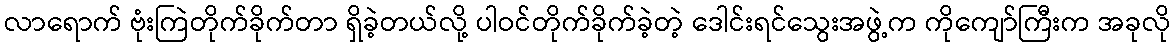
လာရောက် ဗုံးကြဲတိုက်ခိုက်တာ ရှိခဲ့တယ်လို့ ပါဝင်တိုက်ခိုက်ခဲ့တဲ့ ဒေါင်းရင်သွေးအဖွဲ့က ကိုကျော်ကြီးက အခုလို